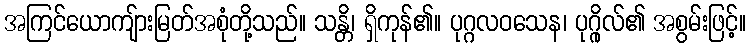
အကြင်ယောကျ်ားမြတ်အစုံတို့သည်။ သန္တိ၊ ရှိကုန်၏။ ပုဂ္ဂလဝသေန၊ ပုဂ္ဂိုလ်၏ အစွမ်းဖြင့်။